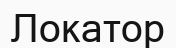
Локатор